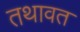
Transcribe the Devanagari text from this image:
तथावत